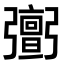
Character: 𢐹